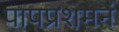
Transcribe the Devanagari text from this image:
पापप्रशमनं